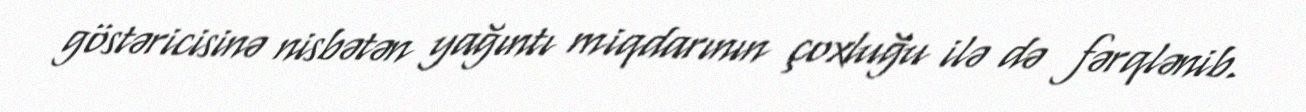
göstəricisinə nisbətən yağıntı miqdarının çoxluğu ilə də fərqlənib.